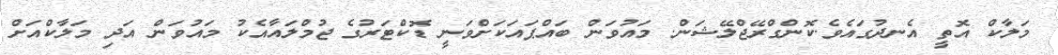
މަލާކް އޮތީ އެނދުގައެވެ.ކޮންގްރޭޖްލޭޝަން. މައުވަން ބައްޕައަކަށްވަނީ ޑޮކްޓަރުގެ ޖުމްލައާއެކު މައުވަން އަދި މަލާކްއަށް